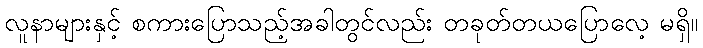
လူနာများနှင့် စကားပြောသည့်အခါတွင်လည်း တခုတ်တယပြောလေ့ မရှိ။